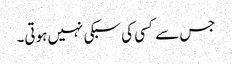
جس سے کسی کی سبکی نہیں ہوتی۔